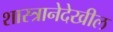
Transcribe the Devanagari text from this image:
शास्त्रानेदेखील